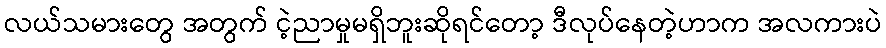
လယ်သမားတွေ အတွက် ငဲ့ညာမှုမရှိဘူးဆိုရင်တော့ ဒီလုပ်နေတဲ့ဟာက အလကားပဲ